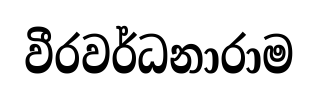
වීරවර්ධනාරාම